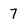
Character: 7